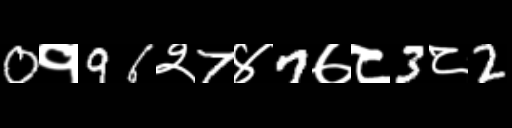
Text: 0१96२7४7७८3८2